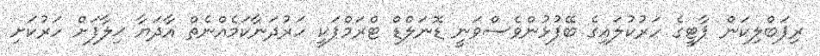
ރިޕަބްލިކަން ޕާޓީގެ ހަރުކުލައިގެ ބޭފުޅުންވެސްވަނީ ޑޮނަލްޑް ޓްރަމްޕަކީ ހަރުދަނާކަމެއްނެތް އާދަޔާ ޚިލާފަށް ހަރުކަށި